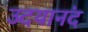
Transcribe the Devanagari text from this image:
उदयानंद